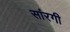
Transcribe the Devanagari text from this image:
सांरगी